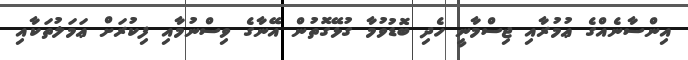
އިންސާނެއްގެ ޢުމުރާއި ޖިސްމާނީ ހެދި ބޮޑުވުމާ ގުޅޭގޮތުން އޭނާގެ ވިސްނުމާއި ފިކުރަށް ޢަމަލުތަކާއި